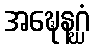
အဍ္ဎေနဂ္ဃံ